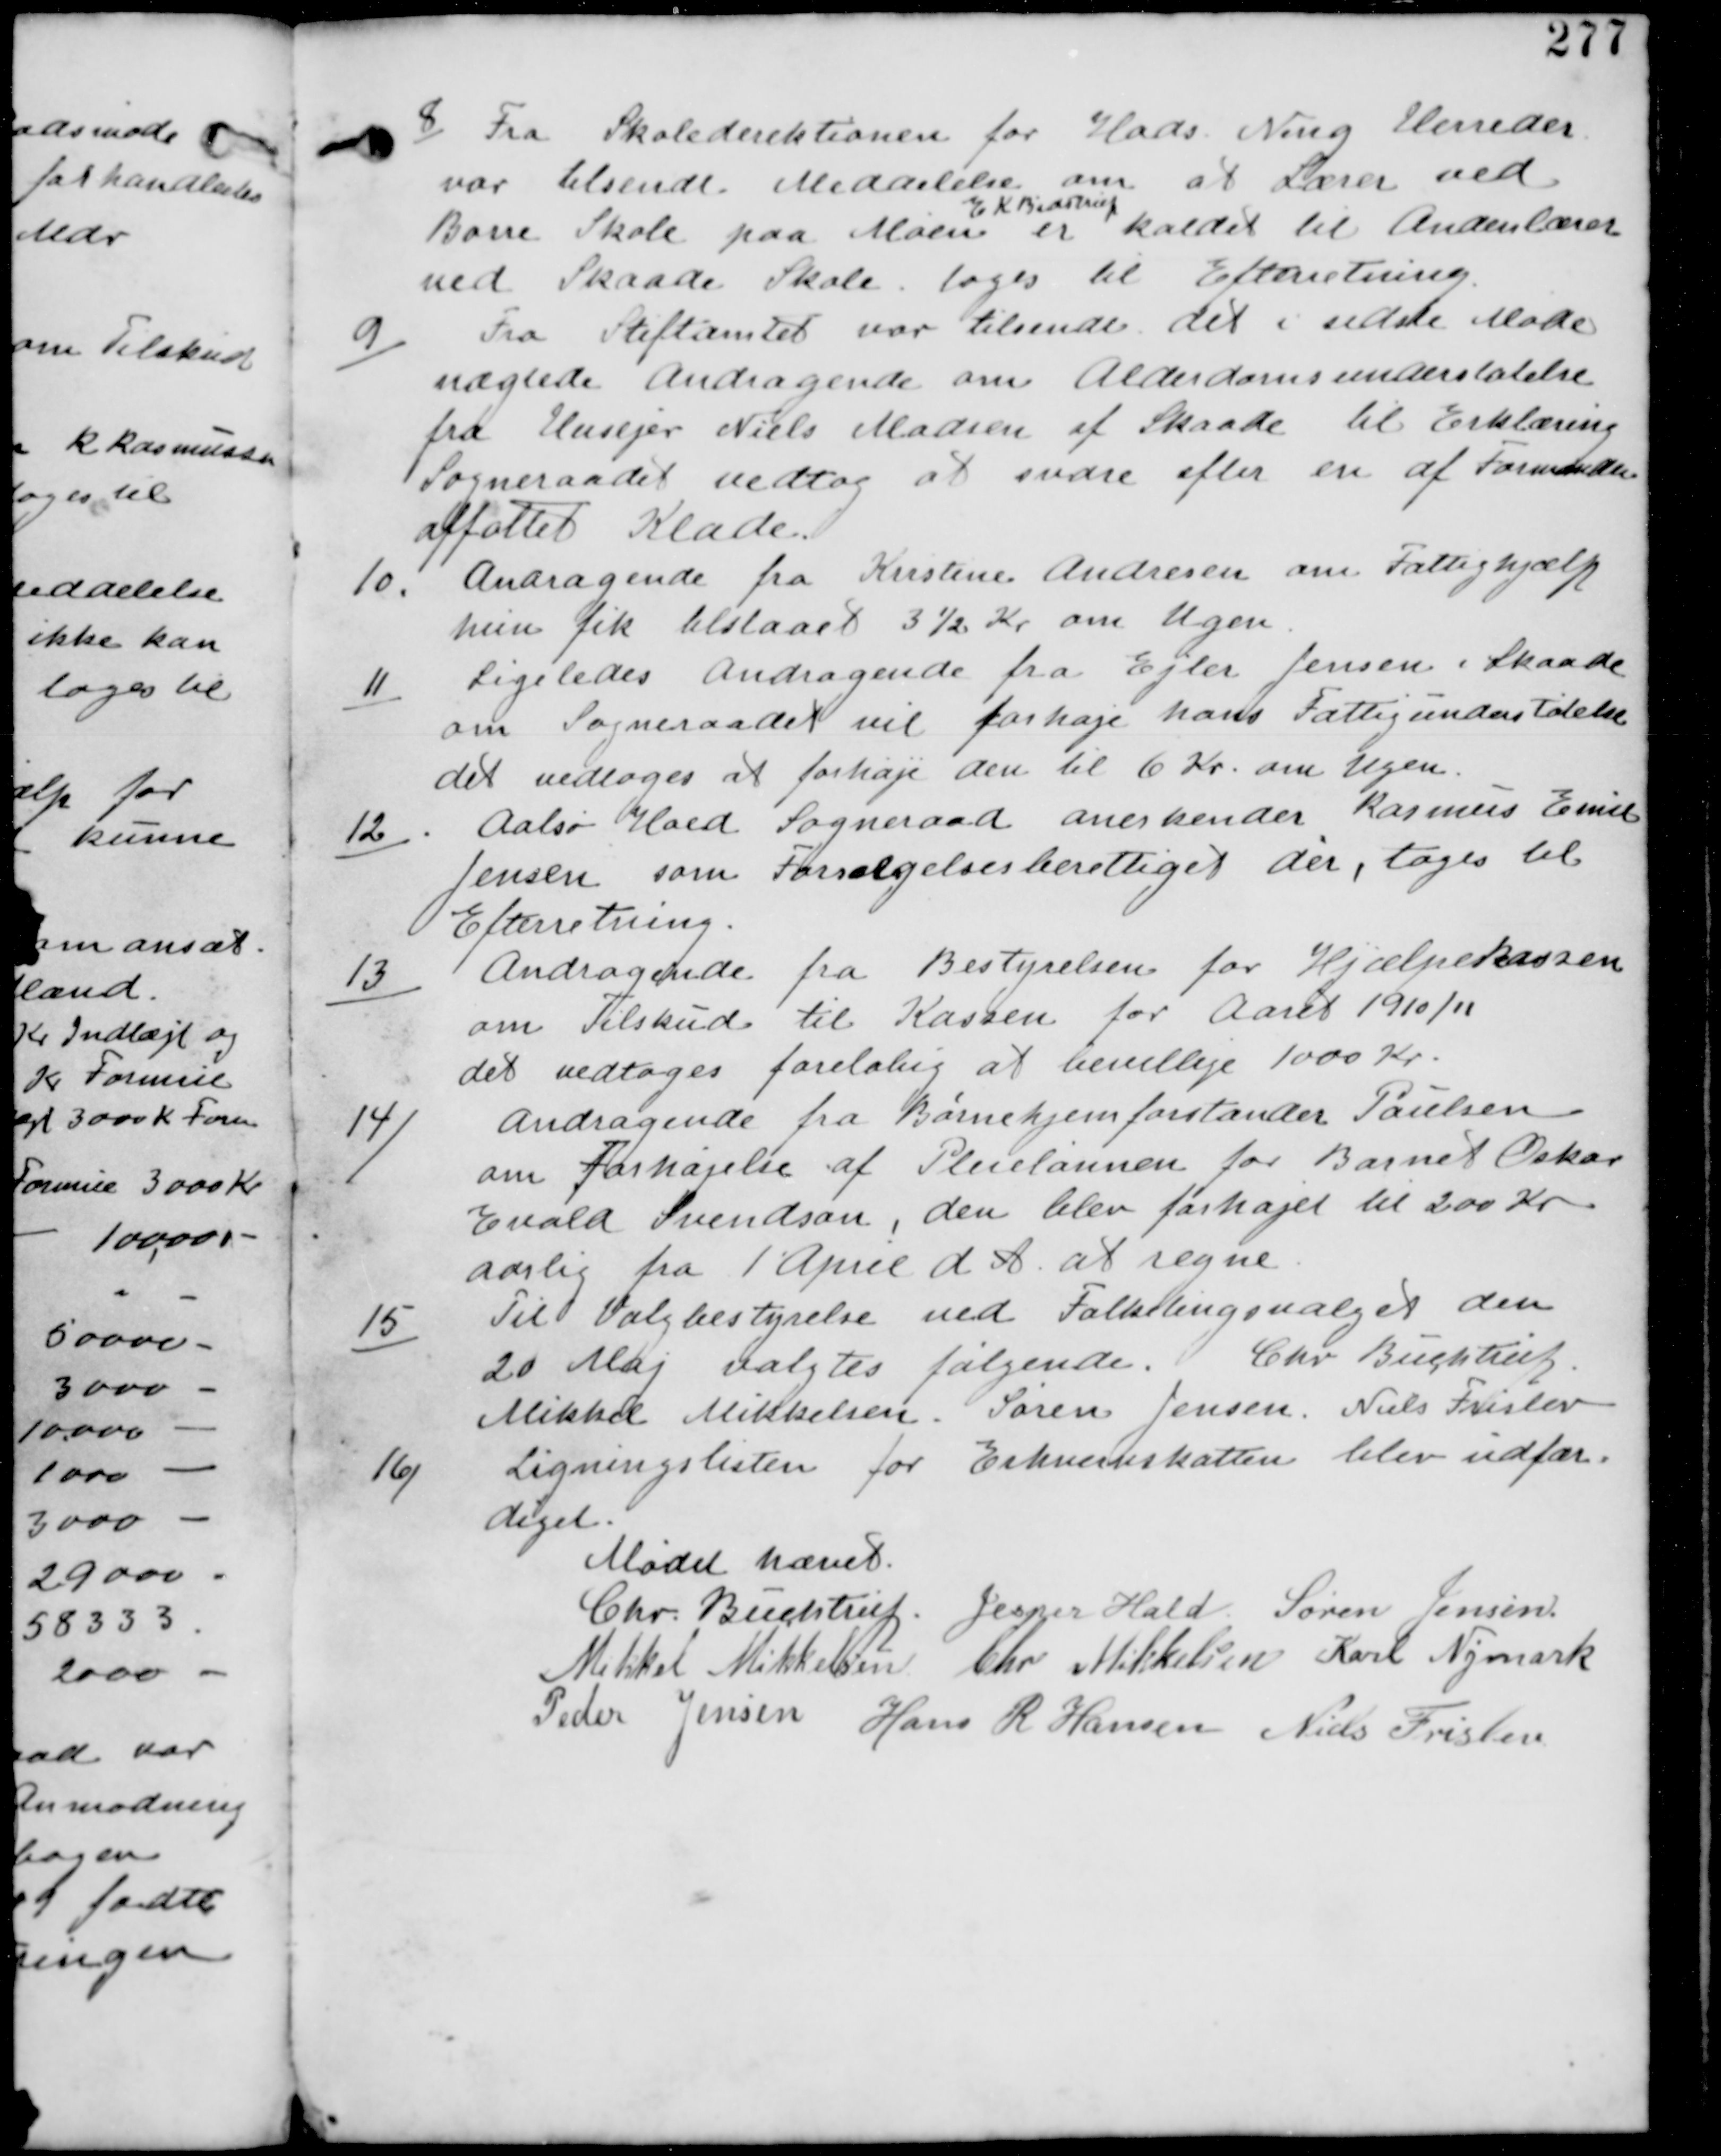
Transskription:
8 Fra Skoledirektionen for Hads Ning Herreder
var tilsendt Meddelelse om at Lærer ved
Borre Skole paa Møen
E K Bidstrup
er kaldet til Andenlærer
ved Skaade Skole. tages til Efterretning

9 Fra Stiftamtet var tilsendt det i sidste Møde
nægtede Andragende om Alderdomsunderstøttelse
fra Husejer Niels Madsen af Skaade til Erklæring
Sogneraadet vedtog at svare efter en af Formanden
affattet Klade.

10. Andragende fra Kirstine Andresen om Fattighjælp
hun fik tilstaaet 3 ½ Kr om Ugen.

11 Ligeledes Andragende fra Ejler Jensen i Skaade
om Sogneraadet vil forhøje hans Fattigunderstøtelse
det vedtages at forhøje den til 6 Kr. om Ugen.

12. Aalsø Hald Sogneraad anerkender Rasmus Emil
Jensen som Forsørgelsesberettiget der, tages til
Efterretning.

13
Andragende fra Bestyrelsen for Hjælpekassen
om Tilskud til Kassen for Aaret 1910/11
det vedtages foreløbig at bevillige 1000 Kr.

14
Andragende fra Børnehjemsforstander Paulsen
om Forhøjelse af Pleielønnen for Barnet Oskar
Evald Svendsen, den blev forhøjet til 200 Kr.
aarlig fra 1 April d A at regne.

15 Til Valgbestyrelse ved Folketingsvalget den
20 Maj valgtes følgende. Chr. Buchtrup
Mikkel Mikkelsen. Søren Jensen. Niels Frislev.

16 Ligningslisten for Erhvervsskatten blev udfør-
diget.

Mødet hævet
Chr Buchtrup. Jesper Hald Søren Jensen
Mikkel Mikkelsen Chr Mikkelsen Karl Nymark
Peder Jensen Hans R Hansen Niels Frislev